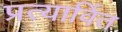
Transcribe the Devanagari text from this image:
प्रत्यार्वित